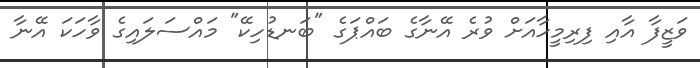
ވަޒީފާ އާއި ފިރިމީހާއަށް ވުރެ އޭނާގެ ބައްޕަގެ "ބަނޑުހިކޭ" މައްސަލައިގެ ވާހަކަ އޭނާ